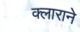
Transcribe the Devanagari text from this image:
क्लाराने